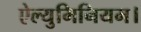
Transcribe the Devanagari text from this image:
ऐल्युमिनियम।